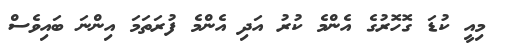
މިއީ ކުޑަ ގޮހޮރުގެ އެންމެ ކުރު އަދި އެންމެ ފުރަތަމަ އިންނަ ބައިވެސް